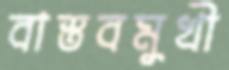
বাস্তবমুখী